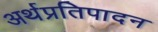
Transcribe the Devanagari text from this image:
अर्थप्रतिपादन